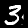
Label: 3